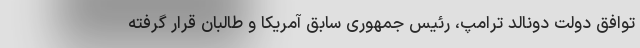
توافق دولت دونالد ترامپ، رئیس جمهوری سابق آمریکا و طالبان قرار گرفته